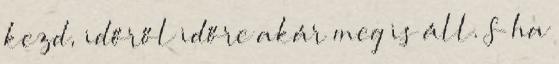
kezd, időről időre akár meg is áll. S ha